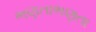
ભણતાભણતા